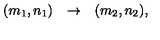
\begin{array} { l c r } { ( m _ { 1 } , n _ { 1 } ) } & { \rightarrow } & { ( m _ { 2 } , n _ { 2 } ) , } \\ \end{array}